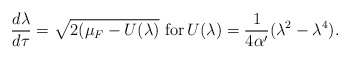
\begin{align*}\frac{d\lambda}{d\tau} = \sqrt{2(\mu _{F}- U(\lambda )} \,\,{\rm for} \,U(\lambda ) = \frac{1}{4 \alpha '} (\lambda ^{2} - \lambda ^{4}).\end{align*}